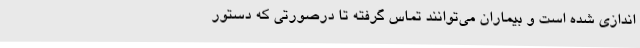
اندازی شده است و بیماران می‌توانند تماس گرفته تا درصورتی که دستور